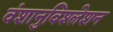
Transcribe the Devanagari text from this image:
वंशानुविश्लेशन